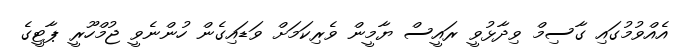
އެއްވުމުގައި ގާސިމް ވިދާޅުވީ ރައީސް ޔާމީން ވެރިކަމަށް ވަޑައިގެން ހުންނެވީ ޖުމްހޫރީ ޕާޓީގެ